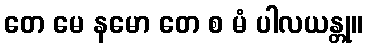
တေ မေ နမော တေ စ မံ ပါလယန္တု။